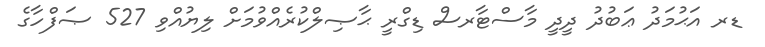
ޑރ އަޙުމަދު ޢަބުދު ދީދީ މާސްޓާރސް ޑިގްރީ ޙާޞިލްކުރެއްވުމަށް ލިޔުއްވި 527 ޞަފްހާގެ